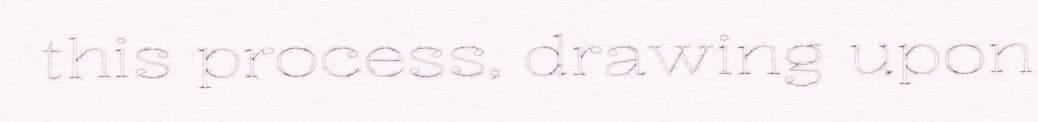
this process, drawing upon